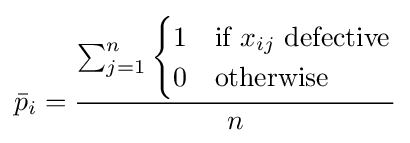
{\bar {p}}_{i}={\frac {\sum _{j=1}^{n}{\begin{cases}1&{\mbox{if }}x_{ij}{\mbox{ defective}}\\0&{\mbox{otherwise}}\end{cases}}}{n}}